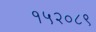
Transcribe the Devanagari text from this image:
१५२०८९